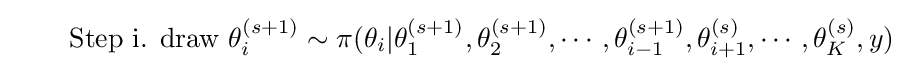
\quad \quad {\text{Step i.     draw}}\,\,\theta _{i}^{(s+1)}\sim \pi (\theta _{i}|\theta _{1}^{(s+1)},\theta _{2}^{(s+1)},\cdots ,\theta _{i-1}^{(s+1)},\theta _{i+1}^{(s)},\cdots ,\theta _{K}^{(s)},y)